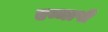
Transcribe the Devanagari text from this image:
एम्मापी